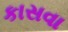
કાસવા